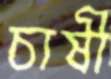
চাষী